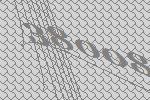
38008